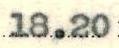
18.20